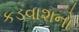
કડવાશનો